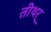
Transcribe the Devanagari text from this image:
तीथर्